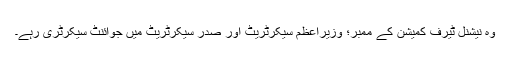
وہ نیشنل ٹیرف کمیشن کے ممبر؛ وزیراعظم سیکرٹریٹ اور صدر سیکرٹریٹ میں جوائنٹ سیکرٹری رہے۔